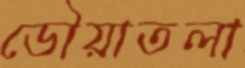
ডৌয়াতলা